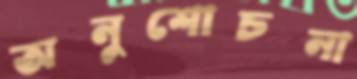
অনুশোচনা